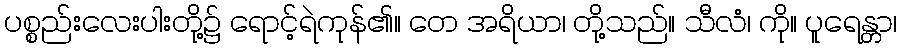
ပစ္စည်းလေးပါးတို့၌ ရောင့်ရဲကုန်၏။ တေ အရိယာ၊ တို့သည်။ သီလံ၊ ကို။ ပူရေန္တာ၊